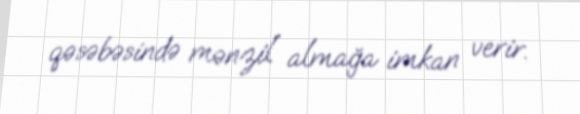
qəsəbəsində mənzil almağa imkan verir.